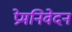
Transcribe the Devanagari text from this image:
प्रेमनिवेदन